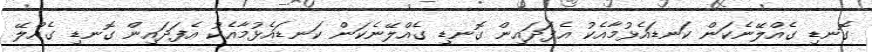
ގޮނޑި ގެއްލޭނެކަން ކަނޑައެޅުމާއެކު އެފަދައިން ގޮނޑި ގެއްލޭނެކަން ކަނޑައެޅުމާއެކު އެފަދައިން ގޮނޑި ގެއްލޭ